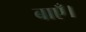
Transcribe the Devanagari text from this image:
बाएँ।